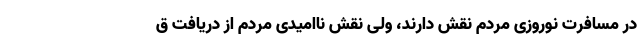
در مسافرت نوروزی مردم نقش دارند، ولی نقش ناامیدی مردم از دریافت ق